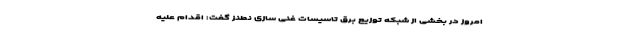
امروز در بخشی از شبکه توزیع برق تاسیسات غنی سازی نطنز گفت: اقدام علیه